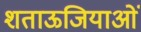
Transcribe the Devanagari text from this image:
शताऊजियाओं